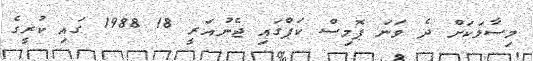
މިސާލަކަށް ދެ ވަނަ ޕޮމިސް ކަޕްގައި ޖެނުއަރީ 18 1988 ގައި ކުރީގެ